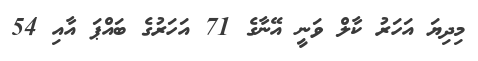
މިދިޔަ އަހަރު ކާލް ވަނީ އޭނާގެ 71 އަހަރުގެ ބައްޕަ އާއި 54